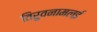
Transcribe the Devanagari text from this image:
तिरुवनामलई